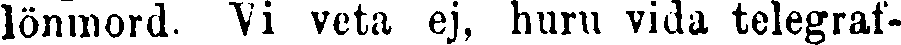
lönmord. "Vi veta ej, huru vida telegraf-